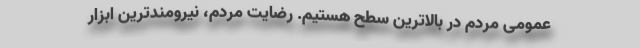
عمومی مردم در بالاترین سطح هستیم. رضایت مردم،‌ نیرومندترین ابزار